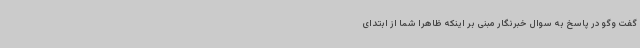
گفت وگو در پاسخ به سوال خبرنگار مبنی بر اینکه ظاهرا شما از ابتدای